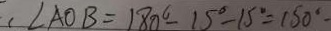
, \angle A O B = 1 8 0 ^ { \circ } - 1 5 ^ { \circ } - 1 5 ^ { \circ } = 1 5 0 ^ { \circ } -